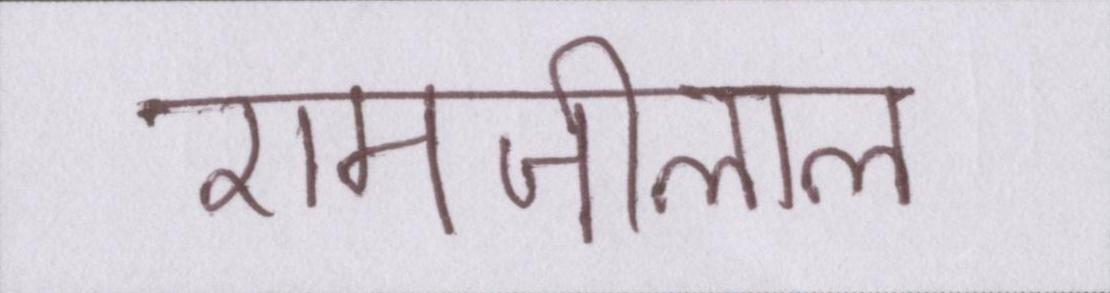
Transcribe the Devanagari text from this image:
रामजीलाल